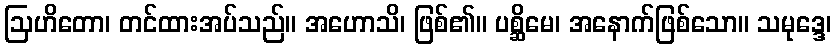
ဩဟိတော၊ တင်ထားအပ်သည်။ အဟောသိ၊ ဖြစ်၏။ ပစ္ဆိမေ၊ အနောက်ဖြစ်သော။ သမုဒ္ဒေ၊